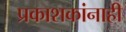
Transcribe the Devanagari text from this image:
प्रकाशकांनाही